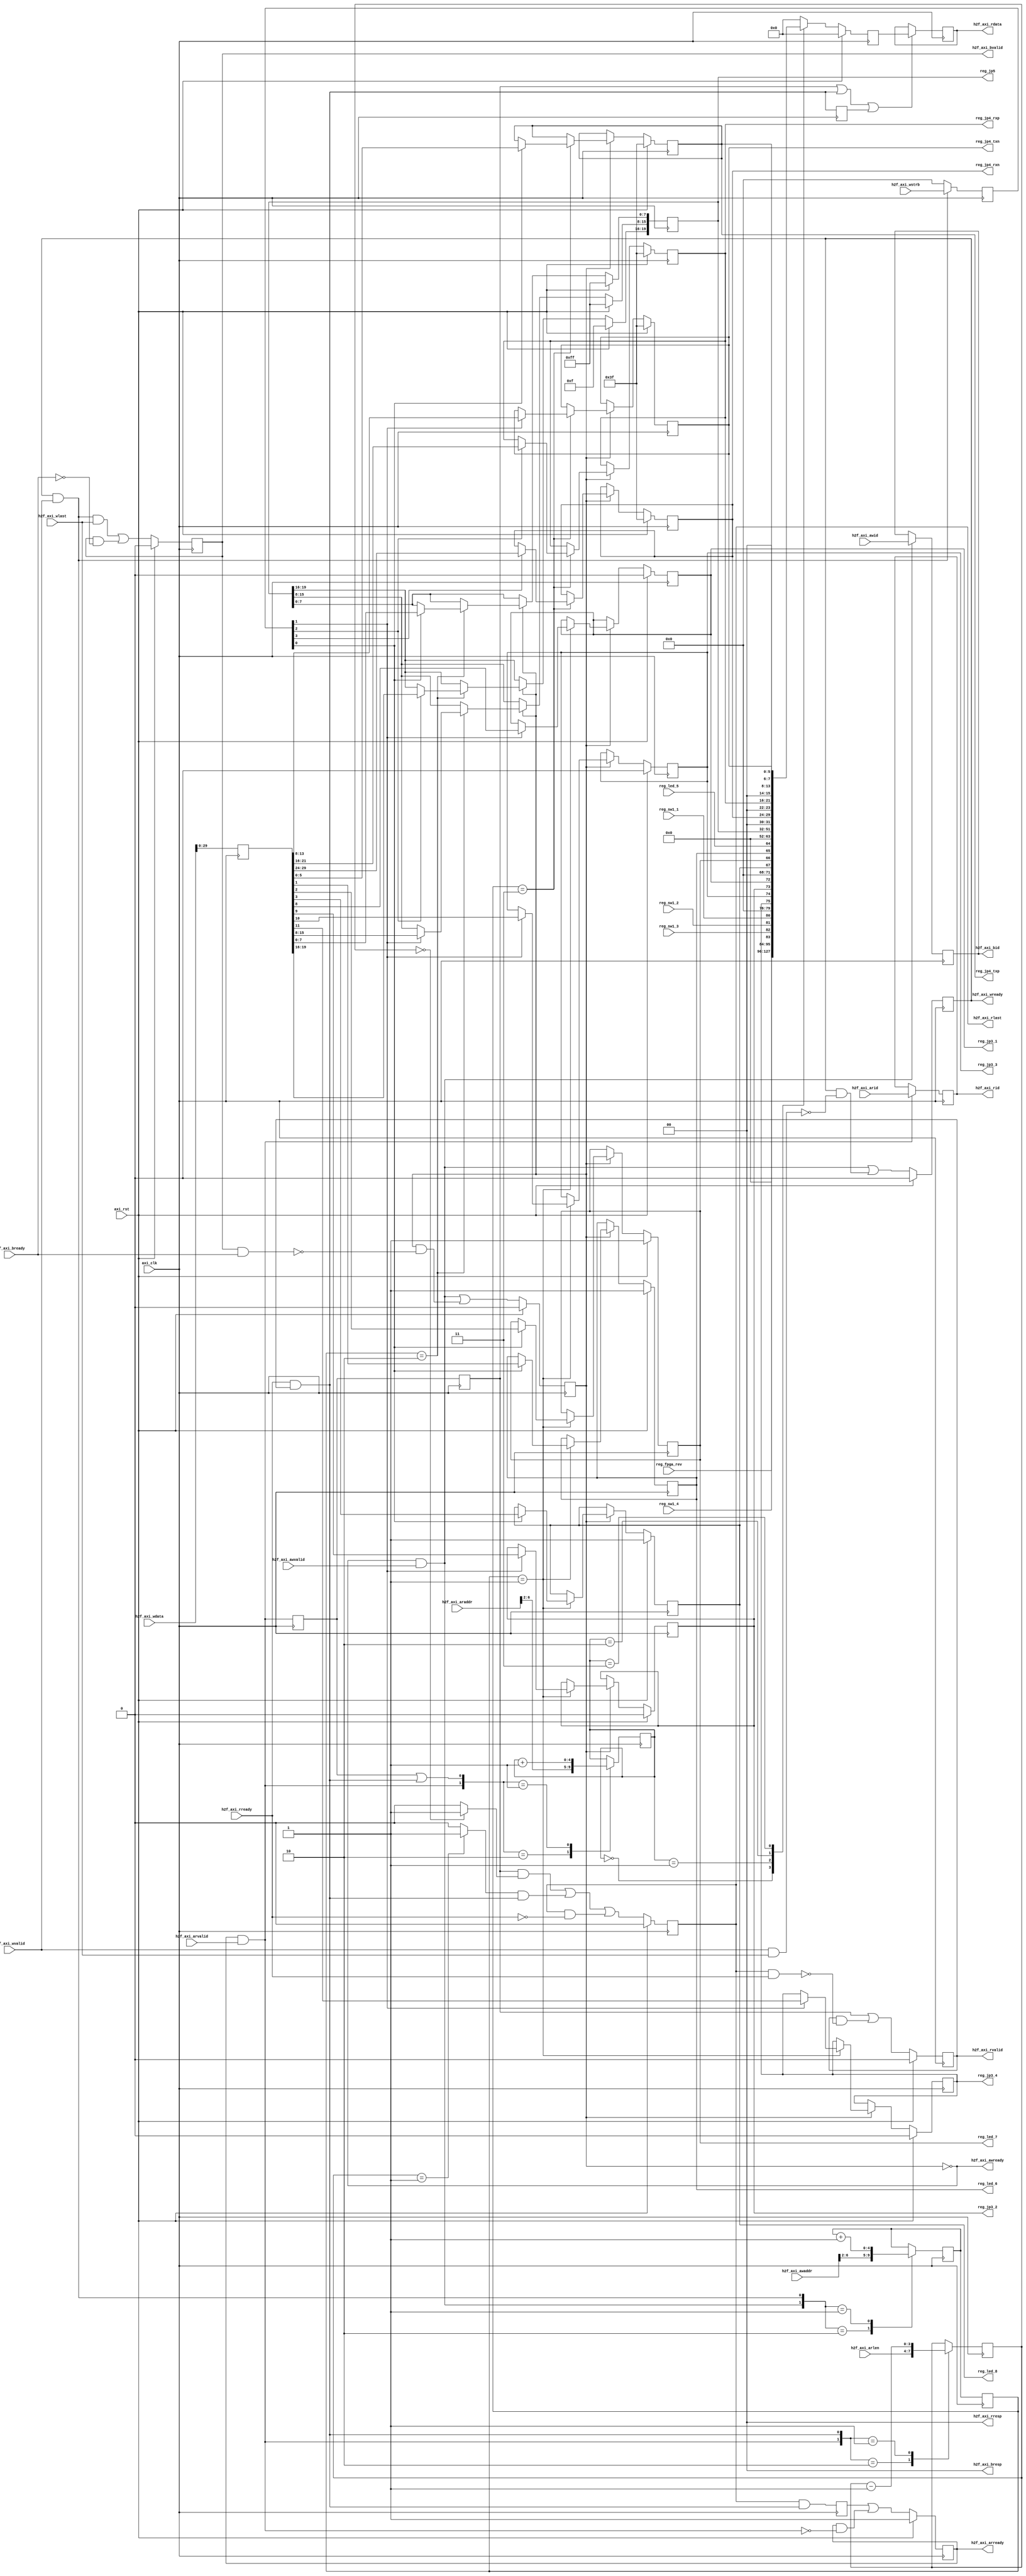
module registers (
	input										axi_clk							,
	input			[11:0]						h2f_axi_awid					,
	input			[29:0]						h2f_axi_awaddr					,
	input										h2f_axi_awvalid					,
	output										h2f_axi_awready					,
	input			[31:0]						h2f_axi_wdata					,
	input			[3:0]						h2f_axi_wstrb					,
	input										h2f_axi_wlast					,
	input										h2f_axi_wvalid					,
	output										h2f_axi_wready					,
	output			[11:0]						h2f_axi_bid						,
	output			[1:0]						h2f_axi_bresp					,
	output										h2f_axi_bvalid					,
	input										h2f_axi_bready					,
	input			[11:0]						h2f_axi_arid					,
	input			[29:0]						h2f_axi_araddr					,
	input			[3:0]						h2f_axi_arlen					,
	input										h2f_axi_arvalid					,
	output										h2f_axi_arready					,
	output			[11:0] 						h2f_axi_rid						,
	output			[31:0]						h2f_axi_rdata					,
	output			[1:0]						h2f_axi_rresp					,
	output										h2f_axi_rlast					,
	output										h2f_axi_rvalid					,
	input										h2f_axi_rready					,
	input			[31:0]						reg_fpga_rev					,
	input										reg_sw1_4						,
	input										reg_sw1_3						,
	input										reg_sw1_2						,
	input										reg_sw1_1						,
	output										reg_jp3_4						,
	output										reg_jp3_3						,
	output										reg_jp3_2						,
	output										reg_jp3_1						,
	output										reg_led_8						,
	output										reg_led_7						,
	output										reg_led_6						,
	input										reg_led_5						,
	output			[20:1]						reg_jp5							,
	output			[6:1]						reg_jp4_rxn						,
	output			[6:1]						reg_jp4_rxp						,
	output			[6:1]						reg_jp4_txn						,
	output			[6:1]						reg_jp4_txp						,
	input										axi_rst							);
	
	//-----------------------------------------------------------------------------------------------
	wire			[11:0]				axi_i_awid						;
	wire			[6:2]				axi_i_awaddr					;
	wire								axi_i_awvalid					;
	wire								axi_o_awready					;
	wire			[31:0]				axi_i_wdata						;
	wire			[3:0]				axi_i_wstrb						;
	wire								axi_i_wlast						;
	wire								axi_i_wvalid					;
	wire								axi_o_wready_in					;
	reg									axi_o_wready					;
	wire			[11:0]				axi_o_bid_in					;
	reg				[11:0]				axi_o_bid						;
	wire			[1:0]				axi_o_bresp						;
	wire								axi_o_bvalid_in					;
	reg									axi_o_bvalid					;
	wire								axi_i_bready					;
	wire			[11:0]				axi_i_arid						;
	wire			[6:2]				axi_i_araddr					;
	wire			[3:0]				axi_i_arlen						;
	wire								axi_i_arvalid					;
	wire								axi_o_arready_in				;
	reg									axi_o_arready					;
	wire			[11:0] 				axi_o_rid_in					;
	reg				[11:0] 				axi_o_rid						;
	wire			[31:0]				axi_o_rdata_in					;
	reg				[31:0]				axi_o_rdata						;
	wire			[1:0]				axi_o_rresp						;
	wire								axi_o_rlast_in					;
	reg									axi_o_rlast						;
	wire								axi_o_rvalid_in					;
	reg									axi_o_rvalid					;
	wire								axi_i_rready					;
	wire								wadr_val						;
	wire								wdat_val						;
	wire								wr_act_in						;
	reg									wr_act							;
	reg				[6:2]				set_wadr_in						;
	reg				[6:2]				set_wadr						;
	wire			[6:2]				wr_adr_in						;
	reg				[6:2]				wr_adr							;
	wire			[31:0]				wr_dat_in						;
	reg				[31:0]				wr_dat							;
	wire			[3:0]				wr_stb_in						;
	reg				[3:0]				wr_stb							;
	wire								wr_done							;
	wire								radr_val						;
	reg									radr_val_1st					;
	reg									radr_val_2nd					;
	wire								rdat_val						;
	reg									rdat_val_1st					;
	reg				[6:2]				rd_adr_in						;
	reg				[6:2]				rd_adr							;
	wire								set_rdat						;
	reg				[3:0]				rd_cnt_in						;
	reg				[3:0]				rd_cnt							;
	wire								rd_cnt_zero						;
	wire								rd_cnt_last						;
	wire								rlast_set						;
	wire								rd_done_in						;
	reg									rd_done							;
	reg				[31:0]				rd_dat							;
	wire			[31:0]				fpga_rev						;
	wire								board_sw1_4						;
	wire								board_sw1_3						;
	wire								board_sw1_2						;
	wire								board_sw1_1						;
	reg									board_jp3_4						;
	reg									board_jp3_3						;
	reg									board_jp3_2						;
	reg									board_jp3_1						;
	reg									board_led_8						;
	reg									board_led_7						;
	reg									board_led_6						;
	wire								board_led_5						;
	reg				[20:1]				board_jp5						;
	reg				[6:1]				board_jp4_rxn					;
	reg				[6:1]				board_jp4_rxp					;
	reg				[6:1]				board_jp4_txn					;
	reg				[6:1]				board_jp4_txp					;
	wire			[31:0]				reg_00h							;
	wire			[31:0]				reg_04h							;
	wire			[31:0]				reg_08h							;
	wire			[31:0]				reg_0ch							;
	
	localparam PRM_RESP_OKAY	= 2'b00;
	
	localparam PRM_00H	= 5'b00000;
	localparam PRM_04H	= 5'b00001;
	localparam PRM_08H	= 5'b00010;
	localparam PRM_0CH	= 5'b00011;
	
	//=========================================================================================================
	// AXI interface Signals.
	//=========================================================================================================
	// Input signals
	assign axi_i_awvalid		= h2f_axi_awvalid;
	assign axi_i_awaddr[6:2]	= h2f_axi_awaddr[6:2];
	assign axi_i_awid			= h2f_axi_awid;
	assign axi_i_wvalid			= h2f_axi_wvalid;
	assign axi_i_wlast			= h2f_axi_wlast;
	assign axi_i_wdata			= h2f_axi_wdata;
	assign axi_i_wstrb			= h2f_axi_wstrb;
	assign axi_i_bready			= h2f_axi_bready;
	assign axi_i_arvalid		= h2f_axi_arvalid;
	assign axi_i_araddr[6:2]	= h2f_axi_araddr[6:2];
	assign axi_i_arid			= h2f_axi_arid;
	assign axi_i_arlen			= h2f_axi_arlen;
	assign axi_i_rready			= h2f_axi_rready;
	
	// Output signals
	assign h2f_axi_awready	= axi_o_awready;
	assign h2f_axi_wready	= axi_o_wready;
	assign h2f_axi_bvalid	= axi_o_bvalid;
	assign h2f_axi_bresp	= axi_o_bresp;
	assign h2f_axi_bid		= axi_o_bid;
	assign h2f_axi_arready	= axi_o_arready;
	assign h2f_axi_rvalid	= axi_o_rvalid;
	assign h2f_axi_rlast	= axi_o_rlast;
	assign h2f_axi_rdata	= axi_o_rdata;
	assign h2f_axi_rid		= axi_o_rid;
	assign h2f_axi_rresp	= axi_o_rresp;
	
	//=========================================================================================================
	// Registers interface signals
	//=========================================================================================================
	// Register input signals.
	assign board_sw1_4	= reg_sw1_4;
	assign board_sw1_3	= reg_sw1_3;
	assign board_sw1_2	= reg_sw1_2;
	assign board_sw1_1	= reg_sw1_1;
	assign fpga_rev		= reg_fpga_rev;
	assign board_led_5	= reg_led_5;
	
	// Register output signals.
	assign reg_jp3_4	= board_jp3_4;
	assign reg_jp3_3	= board_jp3_3;
	assign reg_jp3_2	= board_jp3_2;
	assign reg_jp3_1	= board_jp3_1;
	assign reg_led_8	= board_led_8;
	assign reg_led_7	= board_led_7;
	assign reg_led_6	= board_led_6;
	assign reg_jp5		= board_jp5;
	assign reg_jp4_rxn	= board_jp4_rxn;
	assign reg_jp4_rxp	= board_jp4_rxp;
	assign reg_jp4_txn	= board_jp4_txn;
	assign reg_jp4_txp	= board_jp4_txp;
	
	//=========================================================================================================
	// AXI Bus interface (Write access).
	//=========================================================================================================
	assign wadr_val = axi_o_awready & axi_i_awvalid;
	assign wdat_val = axi_o_wready  & axi_i_wvalid;
	
	// Write address control.
	always @ (posedge axi_clk)
	begin
		if(axi_rst)
		begin
			wr_act <= 1'b0;
		end
		else
		begin
			wr_act <= wr_act_in;
		end
	end
	
	assign wr_act_in = wadr_val | (wr_act & ~wr_done);
	
	assign axi_o_awready = ~wr_act;
	
	always @ (posedge axi_clk)
	begin
		set_wadr <= set_wadr_in;
	end
	
	always @ (wadr_val, wdat_val, axi_i_awaddr, set_wadr)
	begin
		case ({wadr_val, wdat_val})
			2'b10	: set_wadr_in <= axi_i_awaddr;
			2'b01	: set_wadr_in <= set_wadr + 5'b00001;
			default	: set_wadr_in <= set_wadr;
		endcase
	end
	
	// Write data control.
	always @ (posedge axi_clk)
	begin
		if(axi_rst)
		begin
			axi_o_wready <= 1'b0;
		end
		else
		begin
			axi_o_wready <= axi_o_wready_in;
		end
	end
	
	assign axi_o_wready_in = wadr_val | (axi_o_wready & ~(axi_i_wvalid & axi_i_wlast));
	
	always @ (posedge axi_clk)
	begin
		wr_adr <= wr_adr_in;
		wr_dat <= wr_dat_in;
		wr_stb <= wr_stb_in;
	end
	
	assign wr_adr_in = set_wadr;
	assign wr_dat_in = axi_i_wdata;
	assign wr_stb_in = wdat_val ? axi_i_wstrb : 4'b0000;
	
	// Response
	assign axi_o_bresp = PRM_RESP_OKAY;
	
	always @ (posedge axi_clk)
	begin
		if(axi_rst)
		begin
			axi_o_bvalid <= 1'b0;
		end
		else
		begin
			axi_o_bvalid <= axi_o_bvalid_in;
		end
	end
	
	assign axi_o_bvalid_in = (wdat_val & axi_i_wlast) | (axi_o_bvalid & ~axi_i_bready);
	
	always @ (posedge axi_clk)
	begin
		axi_o_bid <= axi_o_bid_in;
	end
	
	assign axi_o_bid_in = wadr_val ? axi_i_awid : axi_o_bid;
	
	assign wr_done = axi_o_bvalid & axi_i_bready;
	
	//=========================================================================================================
	// AXI Bus interface (Read access).
	//=========================================================================================================
	assign radr_val = axi_o_arready & axi_i_arvalid;
	assign rdat_val = axi_i_rready  & axi_o_rvalid;
	
	always @ (posedge axi_clk)
	begin
		radr_val_1st <= radr_val;
		radr_val_2nd <= radr_val_1st;
		rdat_val_1st <= rdat_val;
	end
	
	// Read address control.
	always @ (posedge axi_clk)
	begin
		if(axi_rst)
		begin
			axi_o_arready <= 1'b1;
		end
		else
		begin
			axi_o_arready <= axi_o_arready_in;
		end
	end
	
	assign axi_o_arready_in = rd_done | (axi_o_arready & ~radr_val);
	
	always @ (posedge axi_clk)
	begin
		rd_adr <= rd_adr_in;
	end
	
	always @ (radr_val, radr_val_1st, rdat_val, axi_i_araddr, rd_adr)
	begin
		case ({radr_val, (radr_val_1st | rdat_val)})
			2'b10	: rd_adr_in <= axi_i_araddr;
			2'b01	: rd_adr_in <= rd_adr + 5'b00001;
			default	: rd_adr_in <= rd_adr;
		endcase
	end
	
	// Read data control.
	always @ (posedge axi_clk)
	begin
		axi_o_rdata <= axi_o_rdata_in;
	end
	
	assign set_rdat = radr_val_2nd | rdat_val | rdat_val_1st;
	
	assign axi_o_rdata_in = set_rdat ? rd_dat : axi_o_rdata;
	
	always @ (posedge axi_clk)
	begin
		rd_cnt <= rd_cnt_in;
	end
	
	always @ (radr_val, rdat_val, axi_i_arlen, rd_cnt)
	begin
		case ({radr_val, rdat_val})
			2'b10	: rd_cnt_in <= axi_i_arlen;
			2'b01	: rd_cnt_in <= rd_cnt - 4'b0001;
			default	: rd_cnt_in <= rd_cnt;
		endcase
	end
	
	assign rd_cnt_zero = (rd_cnt == 4'b0000) ? 1'b1 : 1'b0;
	assign rd_cnt_last = (rd_cnt == 4'b0001) ? 1'b1 : 1'b0;
	
	always @ (posedge axi_clk)
	begin
		if(axi_rst)
		begin
			axi_o_rlast <= 1'b0;
		end
		else
		begin
			axi_o_rlast <= axi_o_rlast_in;
		end
	end
	
	assign rlast_set = (radr_val_2nd & rd_cnt_zero) | (rd_cnt_last & rdat_val);
	
	assign axi_o_rlast_in = rlast_set | (axi_o_rlast & ~axi_i_rready);
	
	always @ (posedge axi_clk)
	begin
		if(axi_rst)
		begin
			axi_o_rvalid <= 1'b0;
		end
		else
		begin
			axi_o_rvalid <= axi_o_rvalid_in;
		end
	end
	
	assign axi_o_rvalid_in = radr_val_2nd | (axi_o_rvalid & ~(axi_o_rlast & axi_i_rready));
	
	// Response
	assign axi_o_rresp = PRM_RESP_OKAY;
	
	always @ (posedge axi_clk)
	begin
		axi_o_rid <= axi_o_rid_in;
	end
	
	assign axi_o_rid_in = radr_val ? axi_i_arid : axi_o_rid;
	
	always @ (posedge axi_clk)
	begin
		rd_done <= rd_done_in;
	end
	
	assign rd_done_in = axi_o_rlast & rdat_val;
	
	//=========================================================================================================
	// Registers (WRITE)
	//=========================================================================================================
	always @ (posedge axi_clk)
	begin
		if(axi_rst)
		begin
			board_jp3_4		<= 1'b0;
			board_jp3_3		<= 1'b0;
			board_jp3_2		<= 1'b0;
			board_jp3_1		<= 1'b0;
			board_led_8		<= 1'b1;
			board_led_7		<= 1'b1;
			board_led_6		<= 1'b1;
			board_jp5		<= {20{1'b1}};
			board_jp4_rxn	<= {6{1'b1}};
			board_jp4_rxp	<= {6{1'b1}};
			board_jp4_txn	<= {6{1'b1}};
			board_jp4_txp	<= {6{1'b1}};
		end
		else
		begin
			if(wr_act)
			begin
				case (wr_adr[6:2])
					//-- 0x00 ------------------------------------------------------------------------------
					//			[Read only]
					//-- 0x04 ------------------------------------------------------------------------------
					PRM_04H	:
					begin
						if(wr_stb[1])	begin	board_jp3_4			<= wr_dat[11];
												board_jp3_3			<= wr_dat[10];
												board_jp3_2			<= wr_dat[09];
												board_jp3_1			<= wr_dat[08];		end
						if(wr_stb[0])	begin	board_led_8			<= wr_dat[03];
												board_led_7			<= wr_dat[02];
												board_led_6			<= wr_dat[01];		end
					end
					//-- 0x08 ------------------------------------------------------------------------------
					PRM_08H	:
					begin
						if(wr_stb[2])	begin	board_jp5[20:17]	<= wr_dat[19:16];	end
						if(wr_stb[1])	begin	board_jp5[16:09]	<= wr_dat[15:08];	end
						if(wr_stb[0])	begin	board_jp5[08:01]	<= wr_dat[07:00];	end
					end
					//-- 0x0C ------------------------------------------------------------------------------
					PRM_0CH	:
					begin
						if(wr_stb[3])	begin	board_jp4_rxn[6:1]	<= wr_dat[29:24];	end
						if(wr_stb[2])	begin	board_jp4_rxp[6:1]	<= wr_dat[21:16];	end
						if(wr_stb[1])	begin	board_jp4_txn[6:1]	<= wr_dat[13:08];	end
						if(wr_stb[0])	begin	board_jp4_txp[6:1]	<= wr_dat[05:00];	end
					end
				endcase
			end
		end
	end
	
	//=========================================================================================================
	// Registers (read)
	//=========================================================================================================
	always @ (posedge axi_clk)
	begin
		if(axi_rst)
		begin
			rd_dat <= {32{1'b0}};
		end
		else
		begin
			case (rd_adr[6:2])
				PRM_00H	: rd_dat <= reg_00h;
				PRM_04H	: rd_dat <= reg_04h;
				PRM_08H	: rd_dat <= reg_08h;
				PRM_0CH	: rd_dat <= reg_0ch;
				default	: rd_dat <= {32{1'b0}};
			endcase
		end
	end
	
	//=========================================================================================================
	// Registers Body
	//=========================================================================================================
	
	//---------------------------------------------------------------------------------------------------------
	// 00h: FPGA Information Register
	//---------------------------------------------------------------------------------------------------------
	assign reg_00h[31:00] = fpga_rev;
	
	//---------------------------------------------------------------------------------------------------------
	// 04h: HW Control Register
	//---------------------------------------------------------------------------------------------------------
	assign reg_04h[31:24] = 8'b00000000;
	assign reg_04h[23:20] = 4'b0000;
	assign reg_04h[19]    = board_sw1_4;
	assign reg_04h[18]    = board_sw1_3;
	assign reg_04h[17]    = board_sw1_2;
	assign reg_04h[16]    = board_sw1_1;
	assign reg_04h[15:12] = 4'b0000;
	assign reg_04h[11]    = board_jp3_4;
	assign reg_04h[10]    = board_jp3_3;
	assign reg_04h[09]    = board_jp3_2;
	assign reg_04h[08]    = board_jp3_1;
	assign reg_04h[07:04] = 4'b0000;
	assign reg_04h[03]    = board_led_8;
	assign reg_04h[02]    = board_led_7;
	assign reg_04h[01]    = board_led_6;
	assign reg_04h[00]    = board_led_5;
	
	//---------------------------------------------------------------------------------------------------------
	// 08h: External Signals Control Register 1
	//---------------------------------------------------------------------------------------------------------
	assign reg_08h[31:24] = 8'b00000000;
	assign reg_08h[23:20] = 4'b0000;
	assign reg_08h[19:00] = board_jp5[20:1];
	
	//---------------------------------------------------------------------------------------------------------
	// 0Ch: External Signals Control Register 2
	//---------------------------------------------------------------------------------------------------------
	assign reg_0ch[31:30] = 2'b00;
	assign reg_0ch[29:24] = board_jp4_rxn[6:1];
	assign reg_0ch[23:22] = 2'b00;
	assign reg_0ch[21:16] = board_jp4_rxp[6:1];
	assign reg_0ch[15:14] = 2'b00;
	assign reg_0ch[13:08] = board_jp4_txn[6:1];
	assign reg_0ch[07:06] = 2'b00;
	assign reg_0ch[05:00] = board_jp4_txp[6:1];
	
endmodule